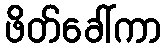
ဖိတ်ခေါ်ကာ